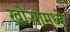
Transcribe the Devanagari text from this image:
खोऱ्यामध्ये